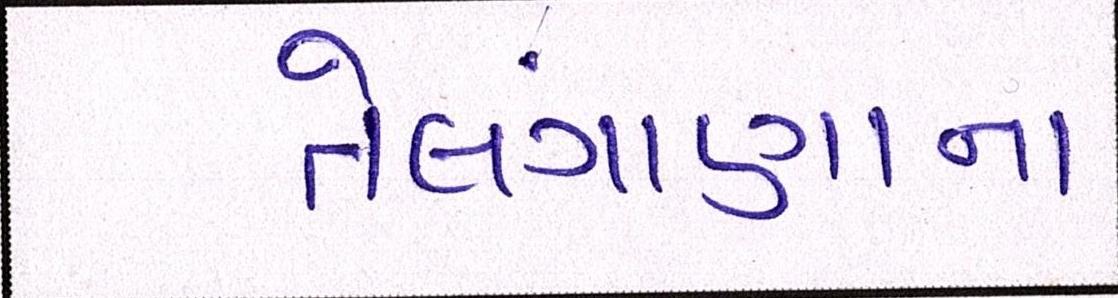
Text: તેલંગાણાના